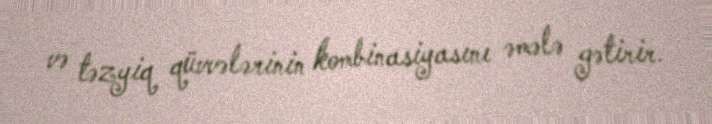
və təzyiq qüvvələrinin kombinasiyasını əmələ gətirir.